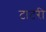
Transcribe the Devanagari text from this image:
टाटरी